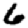
Digit: 6